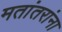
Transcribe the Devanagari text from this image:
मतांतरांना